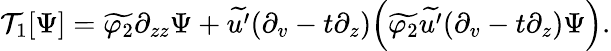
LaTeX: \begin{array}{r}{\mathcal{T}_{1}[\Psi]=\widetilde{\varphi_{2}}\partial_{zz}\Psi+\widetilde{u^{\prime}}(\partial_{v}-t\partial_{z})\Big(\widetilde{\varphi_{2}}\widetilde{u^{\prime}}(\partial_{v}-t\partial_{z})\Psi\Big).}\end{array}